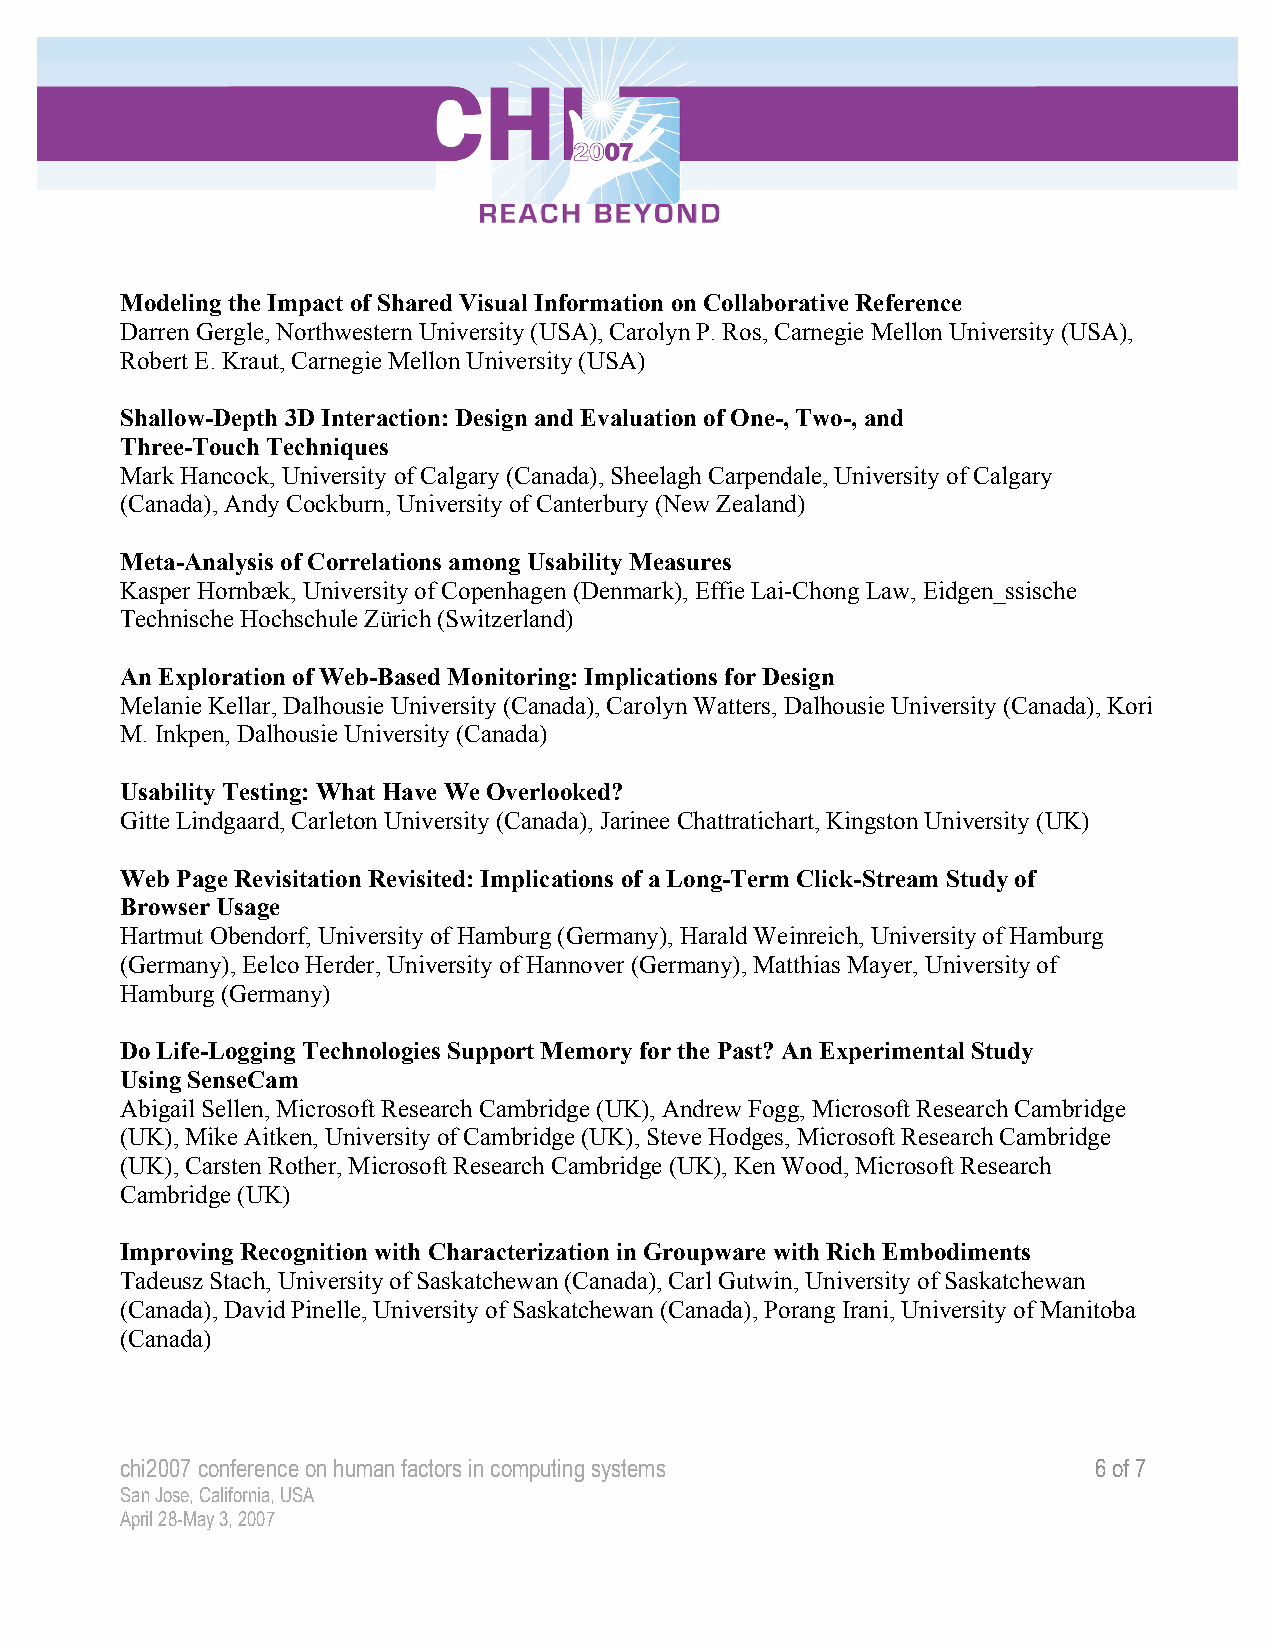
Modeling the Impact of Shared Visual Information on Collaborative Reference
 Darren Gergle, Northwestern University (USA), Carolyn P. Ros, Carnegie Mellon University (USA),
 Robert E. Kraut, Carnegie Mellon University (USA)
 Shallow-Depth 3D Interaction: Design and Evaluation of One-, Two-, and
 Three-Touch Techniques
 Mark Hancock, University of Calgary (Canada), Sheelagh Carpendale, University of Calgary
 (Canada), Andy Cockburn, University of Canterbury (New Zealand)
 Meta-Analysis of Correlations among Usability Measures
 Kasper Hornbæk, University of Copenhagen (Denmark), Effie Lai-Chong Law, Eidgen_ssische
 Technische Hochschule Zürich (Switzerland)
 An Exploration of Web-Based Monitoring: Implications for Design
 Melanie Kellar, Dalhousie University (Canada), Carolyn Watters, Dalhousie University (Canada), Kori
 M. Inkpen, Dalhousie University (Canada)
 Usability Testing: What Have We Overlooked?
 Gitte Lindgaard, Carleton University (Canada), Jarinee Chattratichart, Kingston University (UK)
 Web Page Revisitation Revisited: Implications of a Long-Term Click-Stream Study of
 Browser Usage
 Hartmut Obendorf, University of Hamburg (Germany), Harald Weinreich, University of Hamburg
 (Germany), Eelco Herder, University of Hannover (Germany), Matthias Mayer, University of
 Hamburg (Germany)
 Do Life-Logging Technologies Support Memory for the Past? An Experimental Study
 Using SenseCam
 Abigail Sellen, Microsoft Research Cambridge (UK), Andrew Fogg, Microsoft Research Cambridge
 (UK), Mike Aitken, University of Cambridge (UK), Steve Hodges, Microsoft Research Cambridge
 (UK), Carsten Rother, Microsoft Research Cambridge (UK), Ken Wood, Microsoft Research
 Cambridge (UK)
 Improving Recognition with Characterization in Groupware with Rich Embodiments
 Tadeusz Stach, University of Saskatchewan (Canada), Carl Gutwin, University of Saskatchewan
 (Canada), David Pinelle, University of Saskatchewan (Canada), Porang Irani, University of Manitoba
 (Canada)
 chi2007 conference on human factors in computing systems        6 of 7
 San Jose, California, USA
 April 28-May 3, 2007